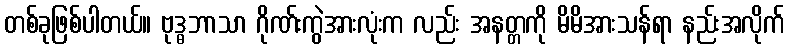
တစ်ခုဖြစ်ပါတယ်။ ဗုဒ္ဓဘာသာ ဂိုဏ်းကွဲအားလုံးက လည်း အနတ္တကို မိမိအားသန်ရာ နည်းအလိုက်